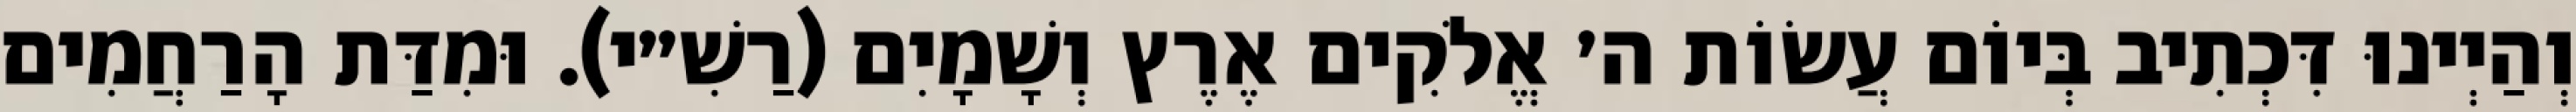
וְהַיְינוּ דִּכְתִיב בְּיוֹם עֲשׂוֹת ה׳ אֱלֹקִים אֶרֶץ וְשָׁמָיִם (רַשִׁ״י). וּמִדַּת הָרַחֲמִים